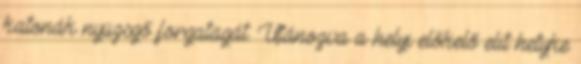
katonák nyüzsgő forgatagát. Utánozva a helyi előkelő elit hetyke